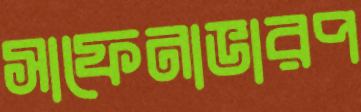
সাফেনাভারপ